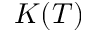
K ( T )